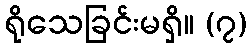
ရိုသေခြင်းမရှိ။ (၇)